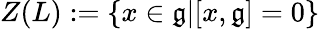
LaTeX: Z(L):=\{ x\in{\mathfrak{g}}|[x,{\mathfrak{g}}]=0\}